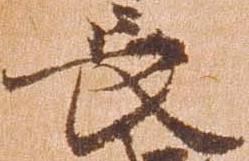
長